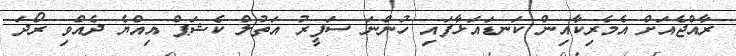
ރާއްޖެއަށް އެމެރިކާއިން ކަނޑައަޅާފައި ހުންނަ ސަފީރު އަތުލް ކެޝަޕް އިއްޔެ ދެއްވި ރޯދަ